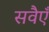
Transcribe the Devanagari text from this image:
सवैएँ